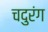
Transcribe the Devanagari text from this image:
चदुरंग